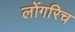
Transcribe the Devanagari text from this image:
लोंगरिच